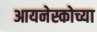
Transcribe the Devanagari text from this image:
आयनेस्कोच्या